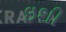
ઇશી